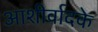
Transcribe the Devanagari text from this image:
आशीर्वादके